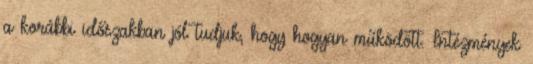
a korábbi időszakban jól tudjuk, hogy hogyan működött. Intézmények